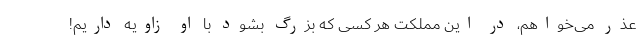
عذر می‌خواهم، در این مملکت هر کسی که بزرگ بشود با او زاویه داریم!